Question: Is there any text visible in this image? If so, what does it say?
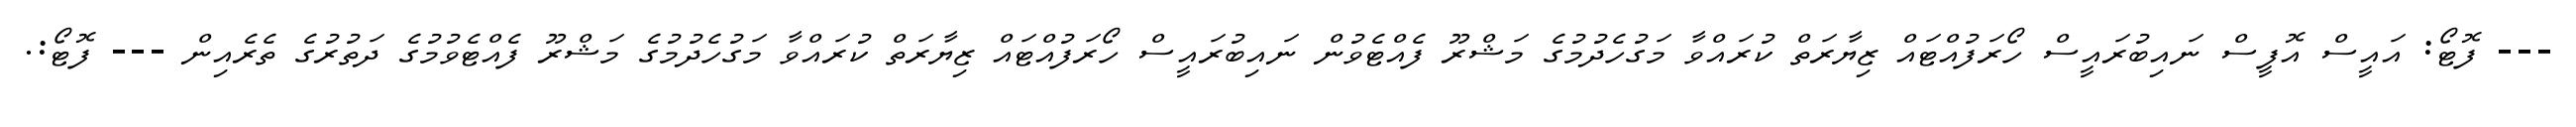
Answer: --- ފޮޓޯ: އައީސް އޮފީސް ނައިބުރައީސް ހޯރަފުއްޓައް ޒިޔާރަތް ކުރައްވާ މަގުހެދުމުގެ މަޝްރޫ ފެއްޓެވުން ނައިބުރައީސް ހޯރަފުއްޓައް ޒިޔާރަތް ކުރައްވާ މަގުހެދުމުގެ މަޝްރޫ ފެއްޓެވުމުގެ ދަތުރުގެ ތެރެއިން --- ފޮޓޯ:.